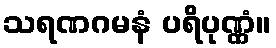
သရဏဂမနံ ပရိပုဏ္ဏံ။